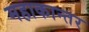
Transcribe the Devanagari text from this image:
महाकान्तर